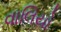
વાલિયો